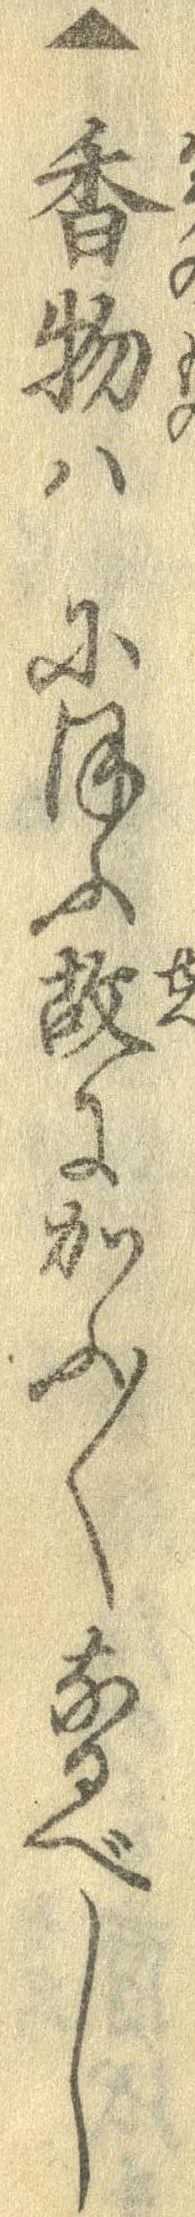
▲香物はにほふ故にかふ〱なるべし